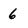
Character: 6